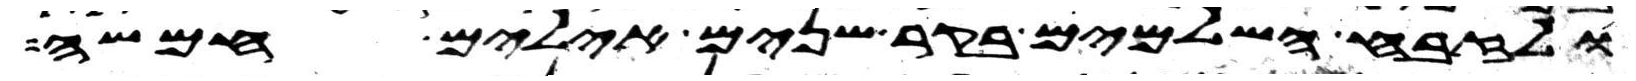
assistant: ולזבח השלמים בקר שנים אילים חמשה